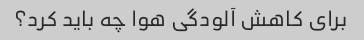
برای کاهش آلودگی هوا چه باید کرد؟